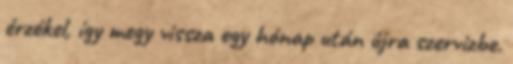
érzékel, így megy vissza egy hónap után újra szervizbe.